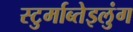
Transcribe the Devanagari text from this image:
स्टुर्माब्तेइलुंग